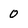
Character: 0